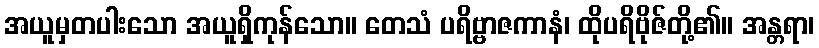
အယူမှတပါးသော အယူရှိကုန်သော။ တေသံ ပရိဗ္ဗာဇကာနံ၊ ထိုပရိဗိုဇ်တို့၏။ အန္တရာ၊